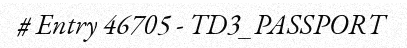
# Entry 46705 - TD3_PASSPORT